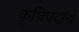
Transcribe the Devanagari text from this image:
कृषिपदार्थ